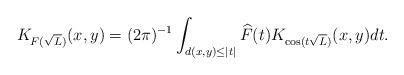
LaTeX: \begin{align*}K_{F(\sqrt{L})}(x,y)=(2\pi)^{-1} \int_{d(x,y)\leq |t|}\widehat{F}(t)K_{\cos(t\sqrt{L})}(x,y)dt.\end{align*}